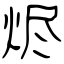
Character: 烬